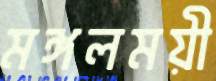
মঙ্গলময়ী